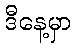
ဒီနေ့မှာ